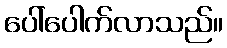
ပေါ်ပေါက်လာသည်။